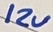
Text: 12V